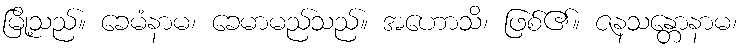
မြို့သည်။ ခေမံနာမ၊ ခေမာမည်သည်။ အဟောသိ၊ ဖြစ်၏။ ဇနသန္တောနာမ၊